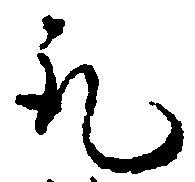
取